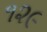
૧૨૯